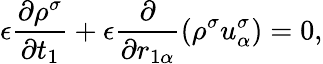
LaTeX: \epsilon\frac{\partial\rho^{\sigma}}{\partial t_{1}}+\epsilon\frac{\partial}{\partial r_{1\alpha}}(\rho^{\sigma}u_{\alpha}^{\sigma})=0,